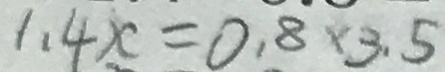
1 . 4 x = 0 . 8 \times 3 . 5